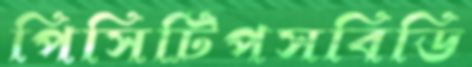
পিসিটিপসবিডি